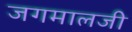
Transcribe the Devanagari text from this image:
जगमालजी